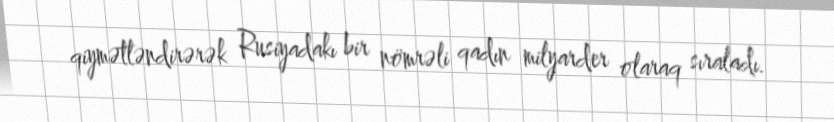
qiymətləndirərək Rusiyadakı bir nömrəli qadın milyarder olaraq sıraladı.